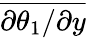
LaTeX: \overline{{{\partial\theta_{1}}/{\partial y}}}